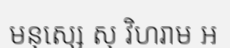
មនុស្សេ សុ វិហរាម ឣ